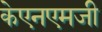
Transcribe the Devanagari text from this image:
केएनएमजी